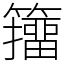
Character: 籒